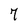
Character: 7